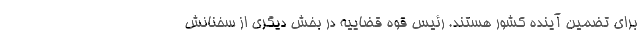
برای تضمین آینده کشور هستند. رئیس قوه قضاییه در بخش دیگری از سخنانش